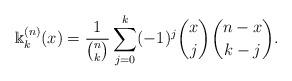
LaTeX: \begin{align*} \Bbbk_k^{(n)}(x)=\frac{1}{\binom{n}{k}}\sum_{j=0}^k(-1)^j\binom{x}{j}\binom{n-x}{k-j}.\end{align*}